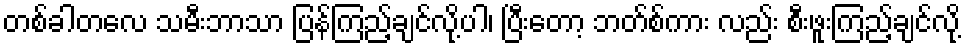
တစ်ခါတလေ သမီးဘာသာ ပြန်ကြည့်ချင်လို့ပါ၊ ပြီးတော့ ဘတ်စ်ကား လည်း စီးဖူးကြည့်ချင်လို့